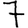
Digit: 7